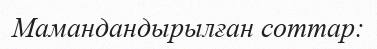
Мамандандырылған соттар: